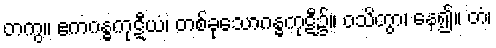
တကွ။ ဧကဂန္ဓကုဋီယံ၊ တစ်ခုသောဂန္ဓကုဋီ၌။ ဝသိတွာ၊ နေ၍။ တံ၊